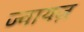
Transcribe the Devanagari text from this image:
ज्वायज़